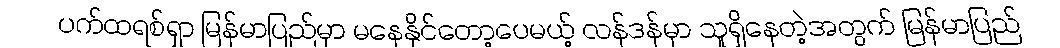
ပက်ထရစ်ရှာ မြန်မာပြည်မှာ မနေနိုင်တော့ပေမယ့် လန်ဒန်မှာ သူရှိနေတဲ့အတွက် မြန်မာပြည်